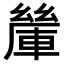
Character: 𨍃